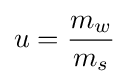
u={\frac {m_{w}}{m_{s}}}